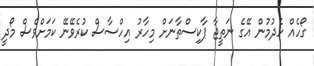
ގޯހެއް ހެދުމުން އޭގެ ނަތީޖާ ޕާކިސްތާނަށް މިހާރު އިހްސާސް ކުރެވޭނޭ ކަމަށްވެސް މޯދީ